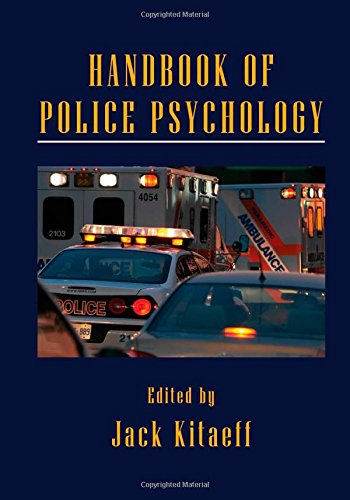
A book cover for Handbook of Police Psychology (Series in Applied Psychology); Medical Books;